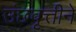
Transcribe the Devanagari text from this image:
उंछवृत्तीने